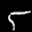
Label: 5